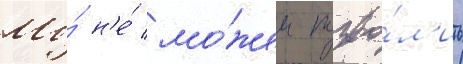
Мы́ н'е́ мо́жем позво́л'ить